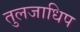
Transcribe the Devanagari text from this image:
तुलजाधिप